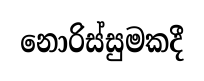
නොරිස්සුමකදී